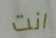
انت